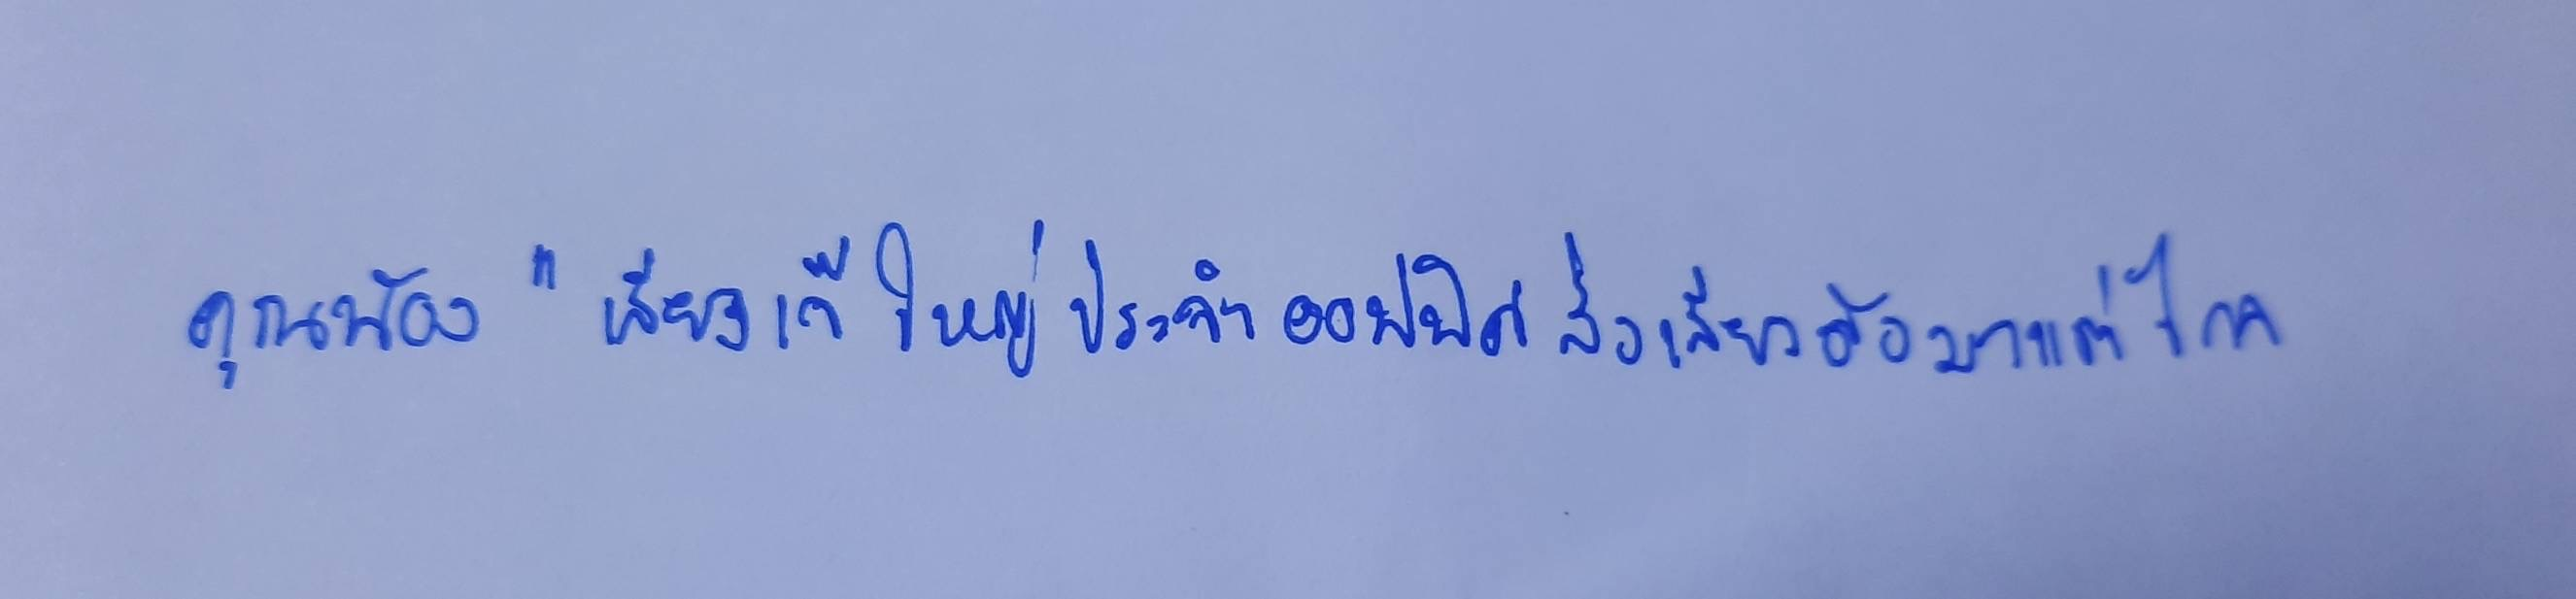
คุณน้อง"เสียงเจ๊ใหญ่ประจำออฟฟิศส่งเสียงดังมาแต่ไกล